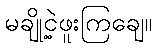
မချို့ငဲ့ဖူးကြချေ။